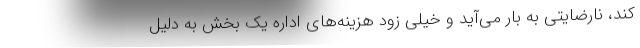
کند، نارضایتی به بار می‌آید و خیلی زود هزینه‌های اداره یک بخش به دلیل